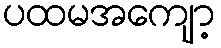
ပထမအကျော့